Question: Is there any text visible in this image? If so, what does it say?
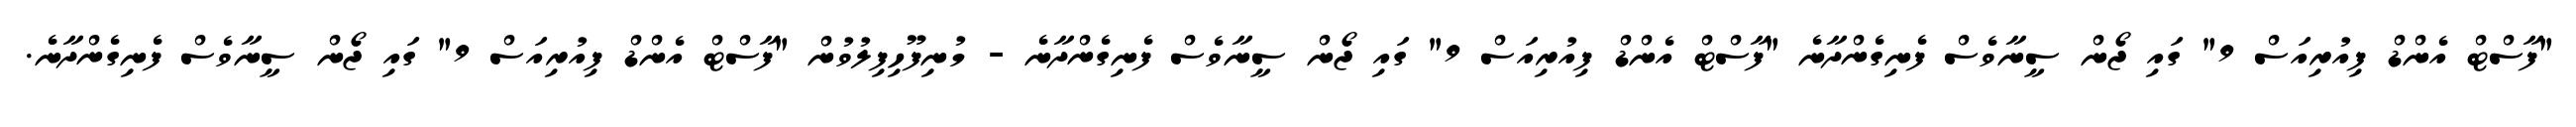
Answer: "ފާސްޓް އެންޑް ފިއުރިއަސް 9" ގައި ޖޯން ސީނާވެސް ފެނިގެންދާނެ "ފާސްޓް އެންޑް ފިއުރިއަސް 9" ގައި ޖޯން ސީނާވެސް ފެނިގެންދާނެ - މުނިފޫހިފިލުވުން "ފާސްޓް އެންޑް ފިއުރިއަސް 9" ގައި ޖޯން ސީނާވެސް ފެނިގެންދާނެ.